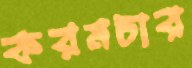
করমচার